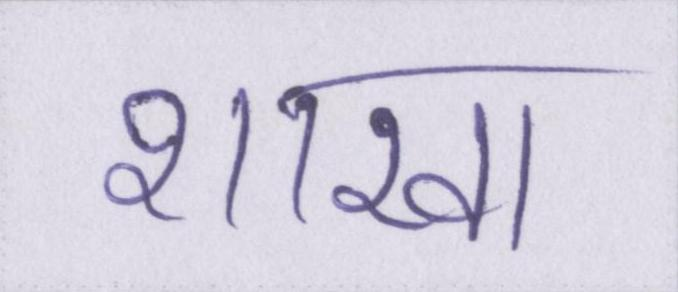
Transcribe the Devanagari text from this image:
शाखा